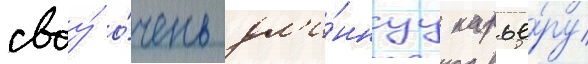
своу́ о́чень дл'и́ннуу карье́ру